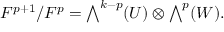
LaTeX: F ^ { p + 1 } / F ^ { p } = { \textstyle \bigwedge } ^ { k - p } ( U ) \otimes { \textstyle \bigwedge } ^ { p } ( W ) .